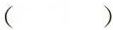
( )